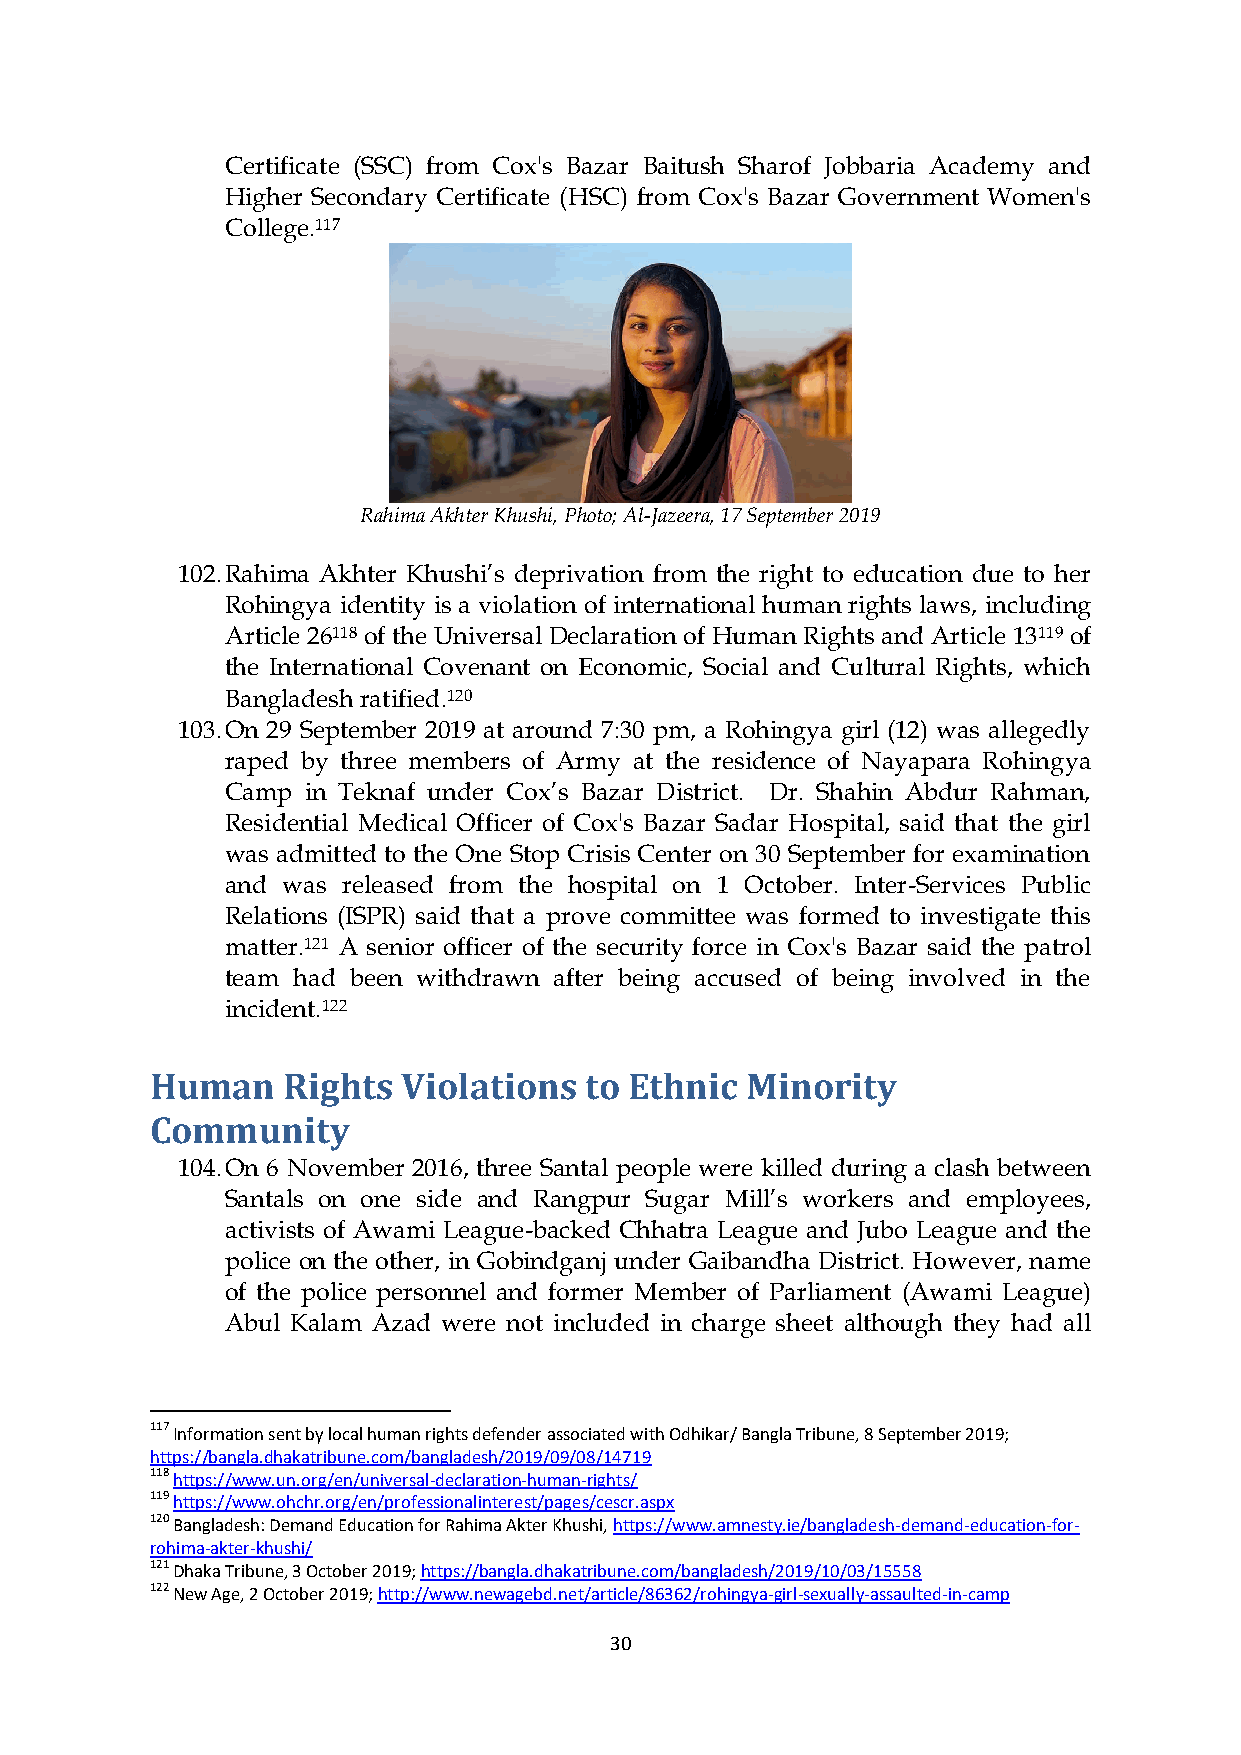
Certificate (SSC) from Cox's Bazar Baitush Sharof Jobbaria Academy and
 Higher Secondary Certificate (HSC) from Cox's Bazar Government Women's
 College.117
 Rahima Akhter Khushi, Photo; Al-Jazeera, 17 September 2019
 102. Rahima Akhter Khushi’s deprivation from the right to education due to her
 Rohingya identity is a violation of international human rights laws, including
 Article 26118 of the Universal Declaration of Human Rights and Article 13119 of
 the International Covenant on Economic, Social and Cultural Rights, which
 Bangladesh ratified.120
 103. On 29 September 2019 at around 7:30 pm, a Rohingya girl (12) was allegedly
 raped by three members of Army at the residence of Nayapara Rohingya
 Camp in Teknaf under Cox’s Bazar District. Dr. Shahin Abdur Rahman,
 Residential Medical Officer of Cox's Bazar Sadar Hospital, said that the girl
 was admitted to the One Stop Crisis Center on 30 September for examination
 and was released from the hospital on 1 October. Inter-Services Public
 Relations (ISPR) said that a prove committee was formed to investigate this
 matter.121 A senior officer of the security force in Cox's Bazar said the patrol
 team had been withdrawn after being accused of being involved in the
 incident.122
 Human    Rights  Violations  to Ethnic Minority
 Community
 104. On 6 November 2016, three Santal people were killed during a clash between
 Santals on one side and Rangpur Sugar Mill’s workers and employees,
 activists of Awami League-backed Chhatra League and Jubo League and the
 police on the other, in Gobindganj under Gaibandha District. However, name
 of the police personnel and former Member of Parliament (Awami League)
 Abul Kalam Azad were not included in charge sheet although they had all
 117 Information sent by local human rights defender associated with Odhikar/ Bangla Tribune, 8 September 2019;
 https://bangla.dhakatribune.com/bangladesh/2019/09/08/14719
 118 https://www.un.org/en/universal-declaration-human-rights/
 119 https://www.ohchr.org/en/professionalinterest/pages/cescr.aspx
 120 Bangladesh: Demand Education for Rahima Akter Khushi, https://www.amnesty.ie/bangladesh-demand-education-for-
 rohima-akter-khushi/
 121 Dhaka Tribune, 3 October 2019; https://bangla.dhakatribune.com/bangladesh/2019/10/03/15558
 122 New Age, 2 October 2019; http://www.newagebd.net/article/86362/rohingya-girl-sexually-assaulted-in-camp
 30